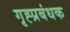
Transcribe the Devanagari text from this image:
गृह्प्रबंधक